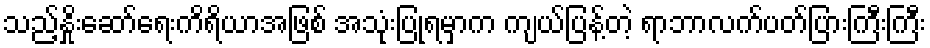
သည့်နှိုးဆော်ရေးကိရိယာအဖြစ် အသုံးပြုရမှာက ကျယ်ပြန့်တဲ့ ရာဘာလက်ပတ်ပြားကြီးကြီး